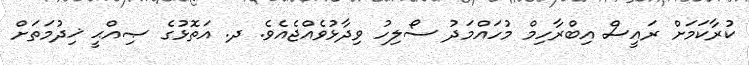
ކުރާކަމަށް ރައީސް އިބްރާހިމް މުހައްމަދު ސޯލިހު ވިދާޅުވެއްޖެއެވެ. ދ. އަތޮޅުގެ ޞިއްޙީ ޚިދުމަތަށް